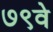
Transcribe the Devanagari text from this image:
७९वे